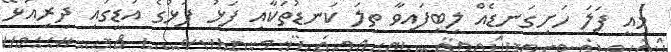
މިއީ ފަލަ ހަށިގަނޑެއް ލިބިފައިވާ ތިލަ ކަނޑުތަކާއި ފަޅު ފަޅުގެ އަޑީގައި ދިރިއުޅޭ